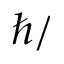
\hbar /